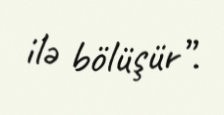
ilə bölüşür”.